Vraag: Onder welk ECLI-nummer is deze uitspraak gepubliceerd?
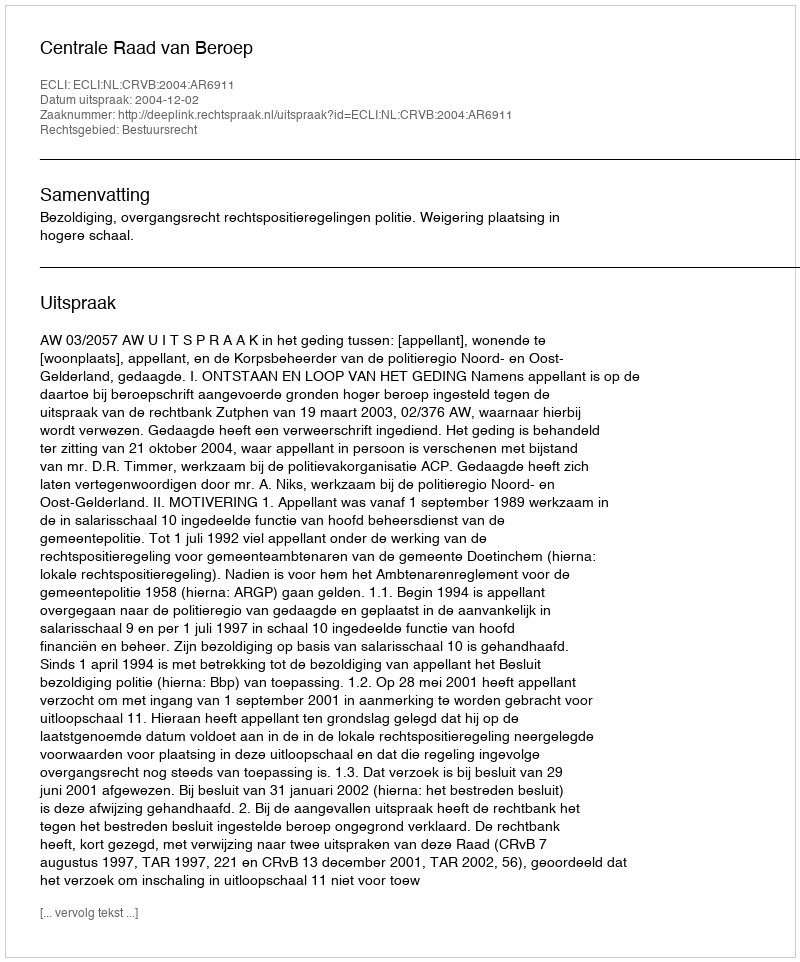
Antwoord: ECLI:NL:CRVB:2004:AR6911